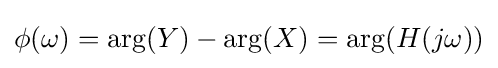
\phi (\omega )=\arg(Y)-\arg(X)=\arg(H(j\omega ))